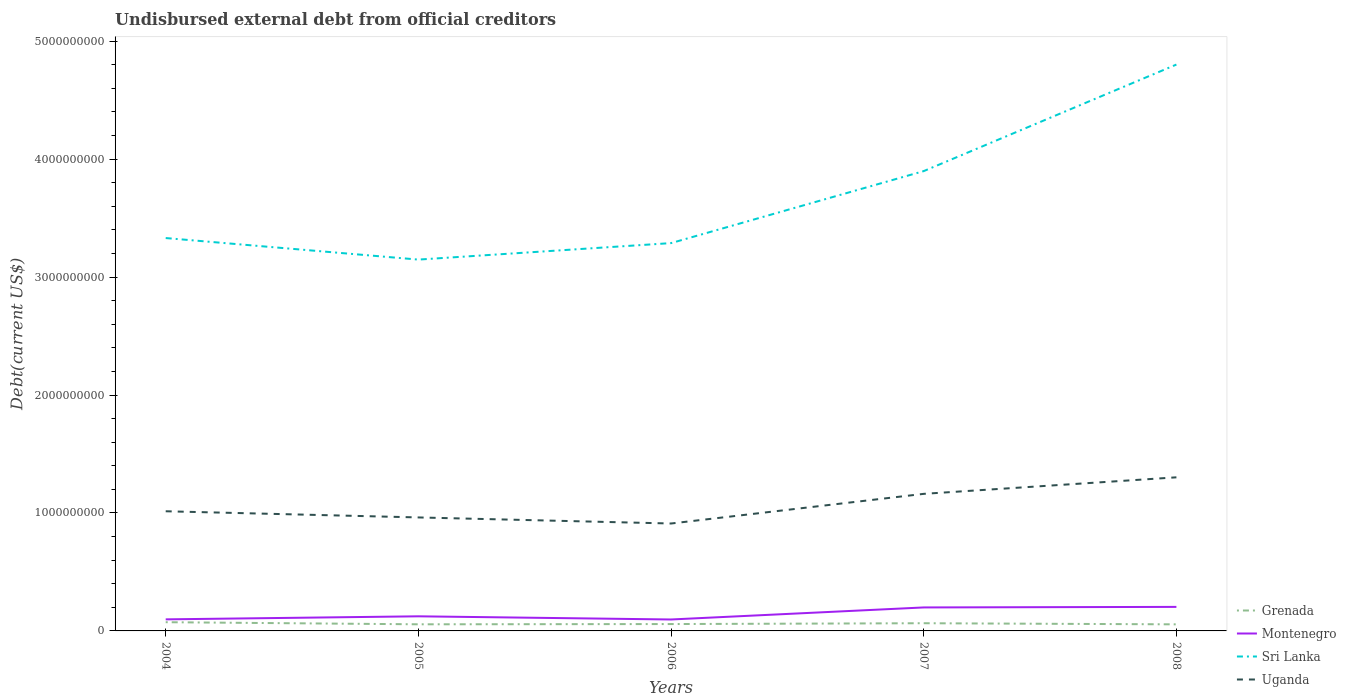
| Years | Grenada | Montenegro | Sri Lanka | Uganda |
 | --- | --- | --- | --- | --- |
 | 2004 | 7.4e+07 | 9.81e+07 | 3.33e+09 | 1.01e+09 |
 | 2005 | 5.61e+07 | 1.24e+08 | 3.15e+09 | 9.62e+08 |
 | 2006 | 5.82e+07 | 9.7e+07 | 3.29e+09 | 9.11e+08 |
 | 2007 | 6.52e+07 | 1.99e+08 | 3.9e+09 | 1.16e+09 |
 | 2008 | 5.57e+07 | 2.04e+08 | 4.8e+09 | 1.3e+09 |